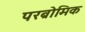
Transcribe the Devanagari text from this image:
परब्रोमिक